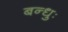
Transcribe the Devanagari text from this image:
बन्धुः